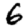
Digit: 6